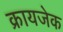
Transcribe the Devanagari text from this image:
क्रायजेक